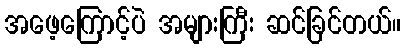
အဖေ့ကြောင့်ပဲ အများကြီး ဆင်ခြင်တယ်။